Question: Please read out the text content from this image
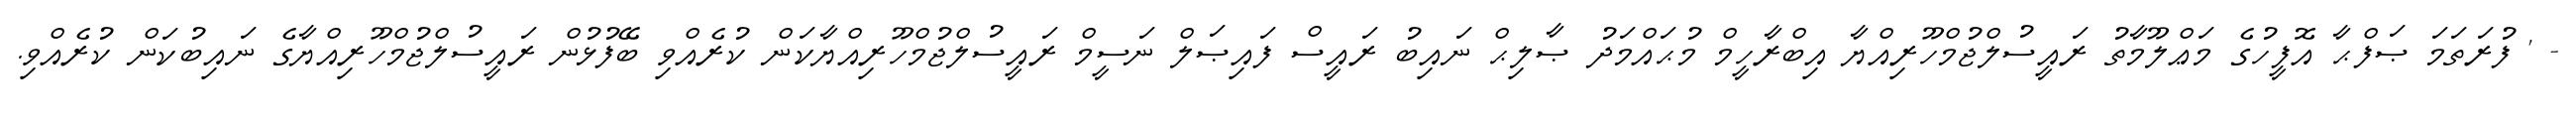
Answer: - ' ފުރަތަމަ ޞަފްޙާ އޮފީހުގެ މަޢްލޫމާތު ރައީސުލްޖުމްހޫރިއްޔާ އިބްރާހީމް މުޙައްމަދު ޞާލިޙް ނައިބު ރައީސް ފައިޞަލް ނަސީމް ރައީސުލްޖުމްހޫރިއްޔާކަން ކުރެއްވި ބޭފުޅުން ރައީސުލްޖުމްހޫރިއްޔާގެ ނައިބުކަން ކުރެއްވި.